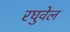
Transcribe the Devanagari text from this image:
रघुवेल